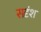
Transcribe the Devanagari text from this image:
सदृंश